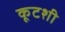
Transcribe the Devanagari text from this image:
कूटशी